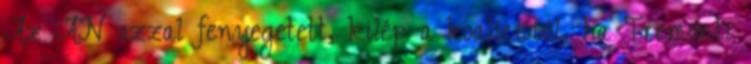
Az AN azzal fenyegetett, kilép a koalícióból, ha Tremonti